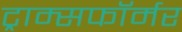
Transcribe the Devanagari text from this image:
ट्राम्सफॉर्मर